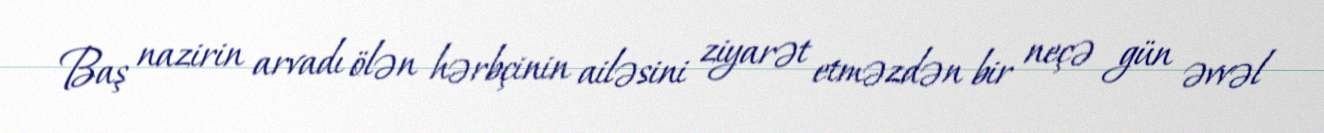
Baş nazirin arvadı ölən hərbçinin ailəsini ziyarət etməzdən bir neçə gün əvvəl